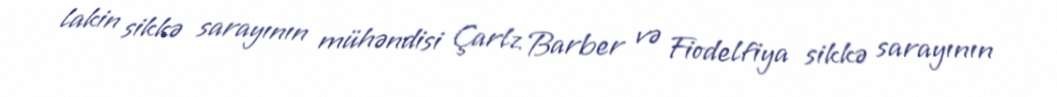
lakin sikkə sarayının mühəndisi Çarlz Barber və Fiodelfiya sikkə sarayının